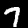
Label: 7